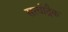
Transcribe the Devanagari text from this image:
सत्वोद्रैक